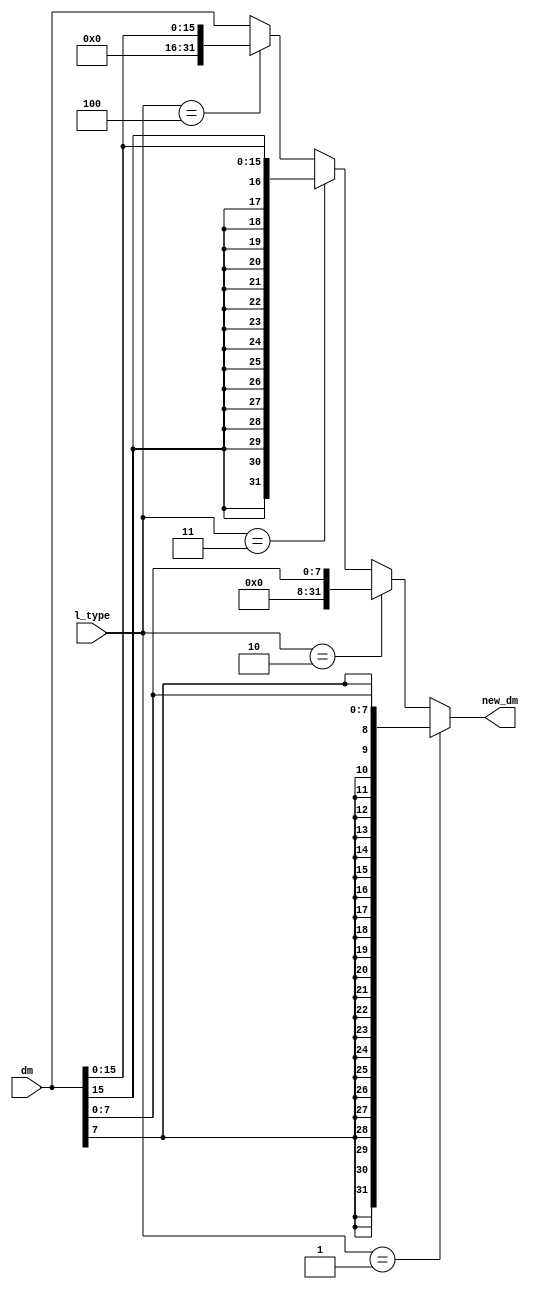
`timescale 1ns / 1ps

module l_types(
	input [31:0] dm,
	input [2:0] l_type,
	output reg [31:0] new_dm
    );

always @(*)
begin
	if (l_type == 1)//lb
	begin
		new_dm = {{25{dm[7]}},dm[6:0]};		
	end
	else if (l_type == 2)//lbu
	begin
		new_dm = {24'b0,dm[7:0]};
	end
	else if (l_type == 3)//lh
	begin
		new_dm = {{17{dm[15]}},dm[14:0]};
	end
	else if (l_type == 4)//lhu
	begin
		new_dm = {16'b0,dm[15:0]};
	end	
	else
	begin
		new_dm = dm;
	end
end
endmodule